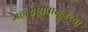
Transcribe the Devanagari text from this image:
महाराष्ट्रापासूनच्या